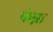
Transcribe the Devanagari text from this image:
फेन्ना